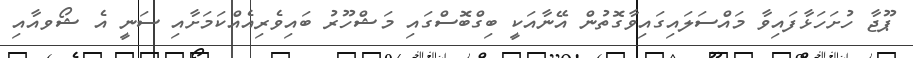
ޕޫޖާ ހުށަހަޅާފައިވާ މައްސަލައިގައިވާގޮތުން އޭނާއަކީ ބިގްބޮސްގައި މަޝްހޫރު ބައިވެރިއެއްކަމަށާއި ސަނީ އެ ޝޯވއާއި